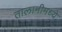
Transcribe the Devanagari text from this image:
तालामीमध्ये